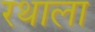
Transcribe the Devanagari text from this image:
रथाला